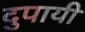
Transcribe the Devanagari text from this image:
दुपायी